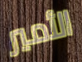
الأمير